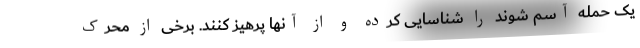
یک حمله آسم شوند را شناسایی کرده و از آنها پرهیز کنند. برخی از محرک